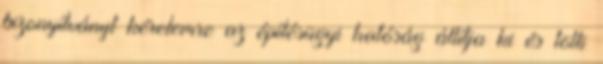
bizonyítványt kérelemre az építésügyi hatóság állítja ki és tölti